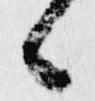
候